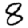
Digit: 8